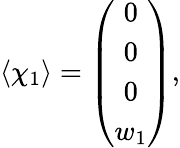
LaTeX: \langle\chi_{1}\rangle=\left(\begin{array}{c}{{0}}\\ {{0}}\\ {{0}}\\ {{w_{1}}}\end{array}\right),